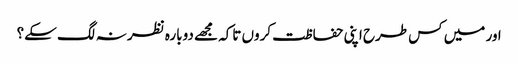
اور میں کس طرح اپنی حفاظت کروں تاکہ مجھے دوبارہ نظر نہ لگ سکے؟